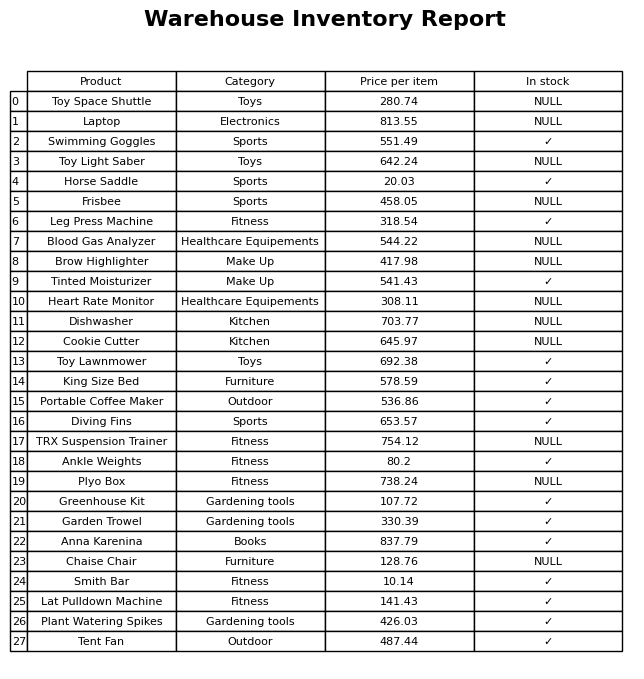
question: What is the price of the Toy Space Shuttle?
answer: The price of Toy Space Shuttle is 280.74.